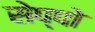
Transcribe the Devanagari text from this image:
सेप्पो